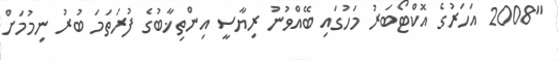
"2008 އަހަރުގެ އޮކްޓޯބަރު މަހުގައި ބޭއްވުނު ރިޔާސީ އިންތިޚާބުގެ ފުރަތަމަ ބުރު ނިމުމަށް